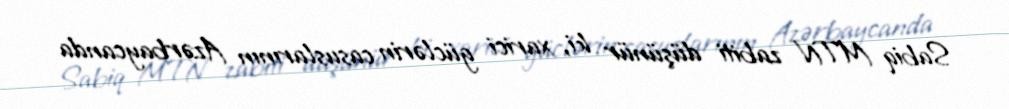
Sabiq MTN zabiti düşünür ki, xarici güclərin casuslarının Azərbaycanda